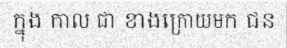
ក្នុង កាល ជា ខាងក្រោយមក ជន